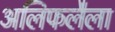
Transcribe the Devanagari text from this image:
अलिफलैला